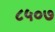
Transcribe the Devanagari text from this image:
८५०७